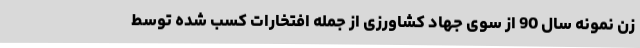
زن نمونه سال 90 از سوی جهاد کشاورزی از جمله افتخارات کسب شده توسط